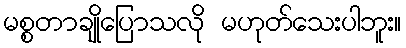
မစ္စတာချိုပြောသလို မဟုတ်သေးပါဘူး။